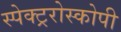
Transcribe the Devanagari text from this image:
स्पेक्ट्ररोस्कोपी